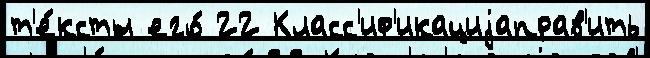
т'е́ксты его́ 22 Класс'иф'икациjаправ'ить